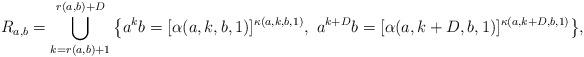
LaTeX: \begin{align*}R_{a,b}=\bigcup\limits_{k=r(a,b)+1}^{r(a,b)+D}\big\{{a^kb=[\alpha(a,k,b,1)}]^{\kappa(a,k,b,1)},\ a^{k+D}b=[{\alpha(a,k+D,b,1)}]^{\kappa(a,k+D,b,1)}\big\},\end{align*}